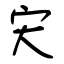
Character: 宊